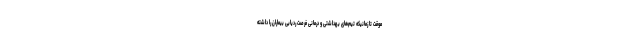
موقت تا زمانیکه تیم‌های بهداشتی و درمانی فرصت ردیابی بیماران را داشته